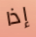
إذا